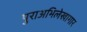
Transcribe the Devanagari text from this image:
पुराअभिलेखागार